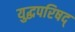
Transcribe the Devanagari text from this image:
युद्धपरिषद्